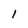
Character: l